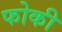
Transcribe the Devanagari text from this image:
फोकी